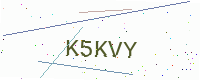
Text: K5KVY